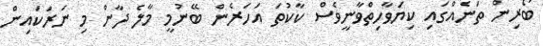
ބޯރިން ތަނެއްގައި ކިޔަވާހިތްވާނީވެސް ކާކުތަ އަހަރެން ބޭނުމީ މާލެ ދާން މި ނަރަކައިން